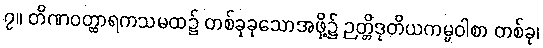
၇။ တိဏဝတ္ထာရကသမထ၌ တစ်ခုခုသောအဖို့၌ ဉတ္တိဒုတိယကမ္မဝါစာ တစ်ခု၊